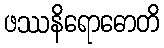
ဖဿနိရောဓောတိ